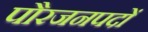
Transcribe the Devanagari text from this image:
पौरजनपदों